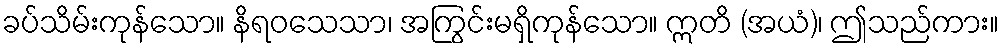
ခပ်သိမ်းကုန်သော။ နိရဝသေသာ၊ အကြွင်းမရှိကုန်သော။ ဣတိ (အယံ)၊ ဤသည်ကား။